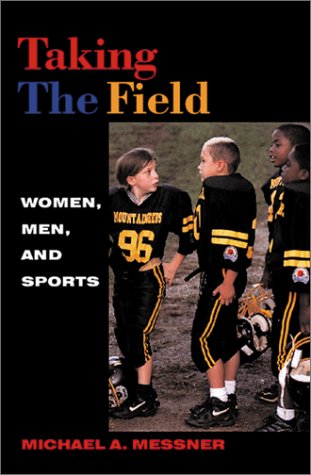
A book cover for Taking the Field: Women, Men, and Sports; Michael A. Messner; Sports & Outdoors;